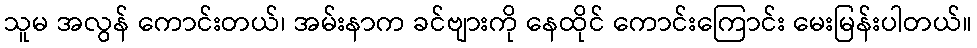
သူမ အလွန် ကောင်းတယ်၊ အမ်းနာက ခင်ဗျားကို နေထိုင် ကောင်းကြောင်း မေးမြန်းပါတယ်။